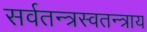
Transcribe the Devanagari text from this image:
सर्वतन्त्रस्वतन्त्राय